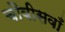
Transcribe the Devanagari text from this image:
चौबीसवाँ